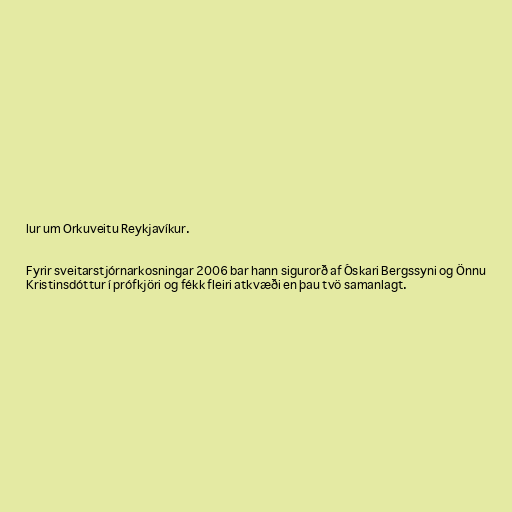
lur um Orkuveitu Reykjavíkur.

Fyrir sveitarstjórnarkosningar 2006 bar hann sigurorð af Óskari Bergssyni og Önnu
Kristinsdóttur í prófkjöri og fékk fleiri atkvæði en þau tvö samanlagt.